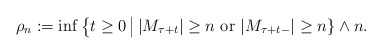
\begin{align*} \rho_n&:=\inf\big\{ t\geq 0 \, \big| \, |M_{\tau+t}|\geq n \mbox{ or } |M_{\tau+t-}|\geq n \}\wedge n. \end{align*}